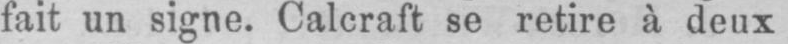
fait un signe. Calcraft se retire à deux